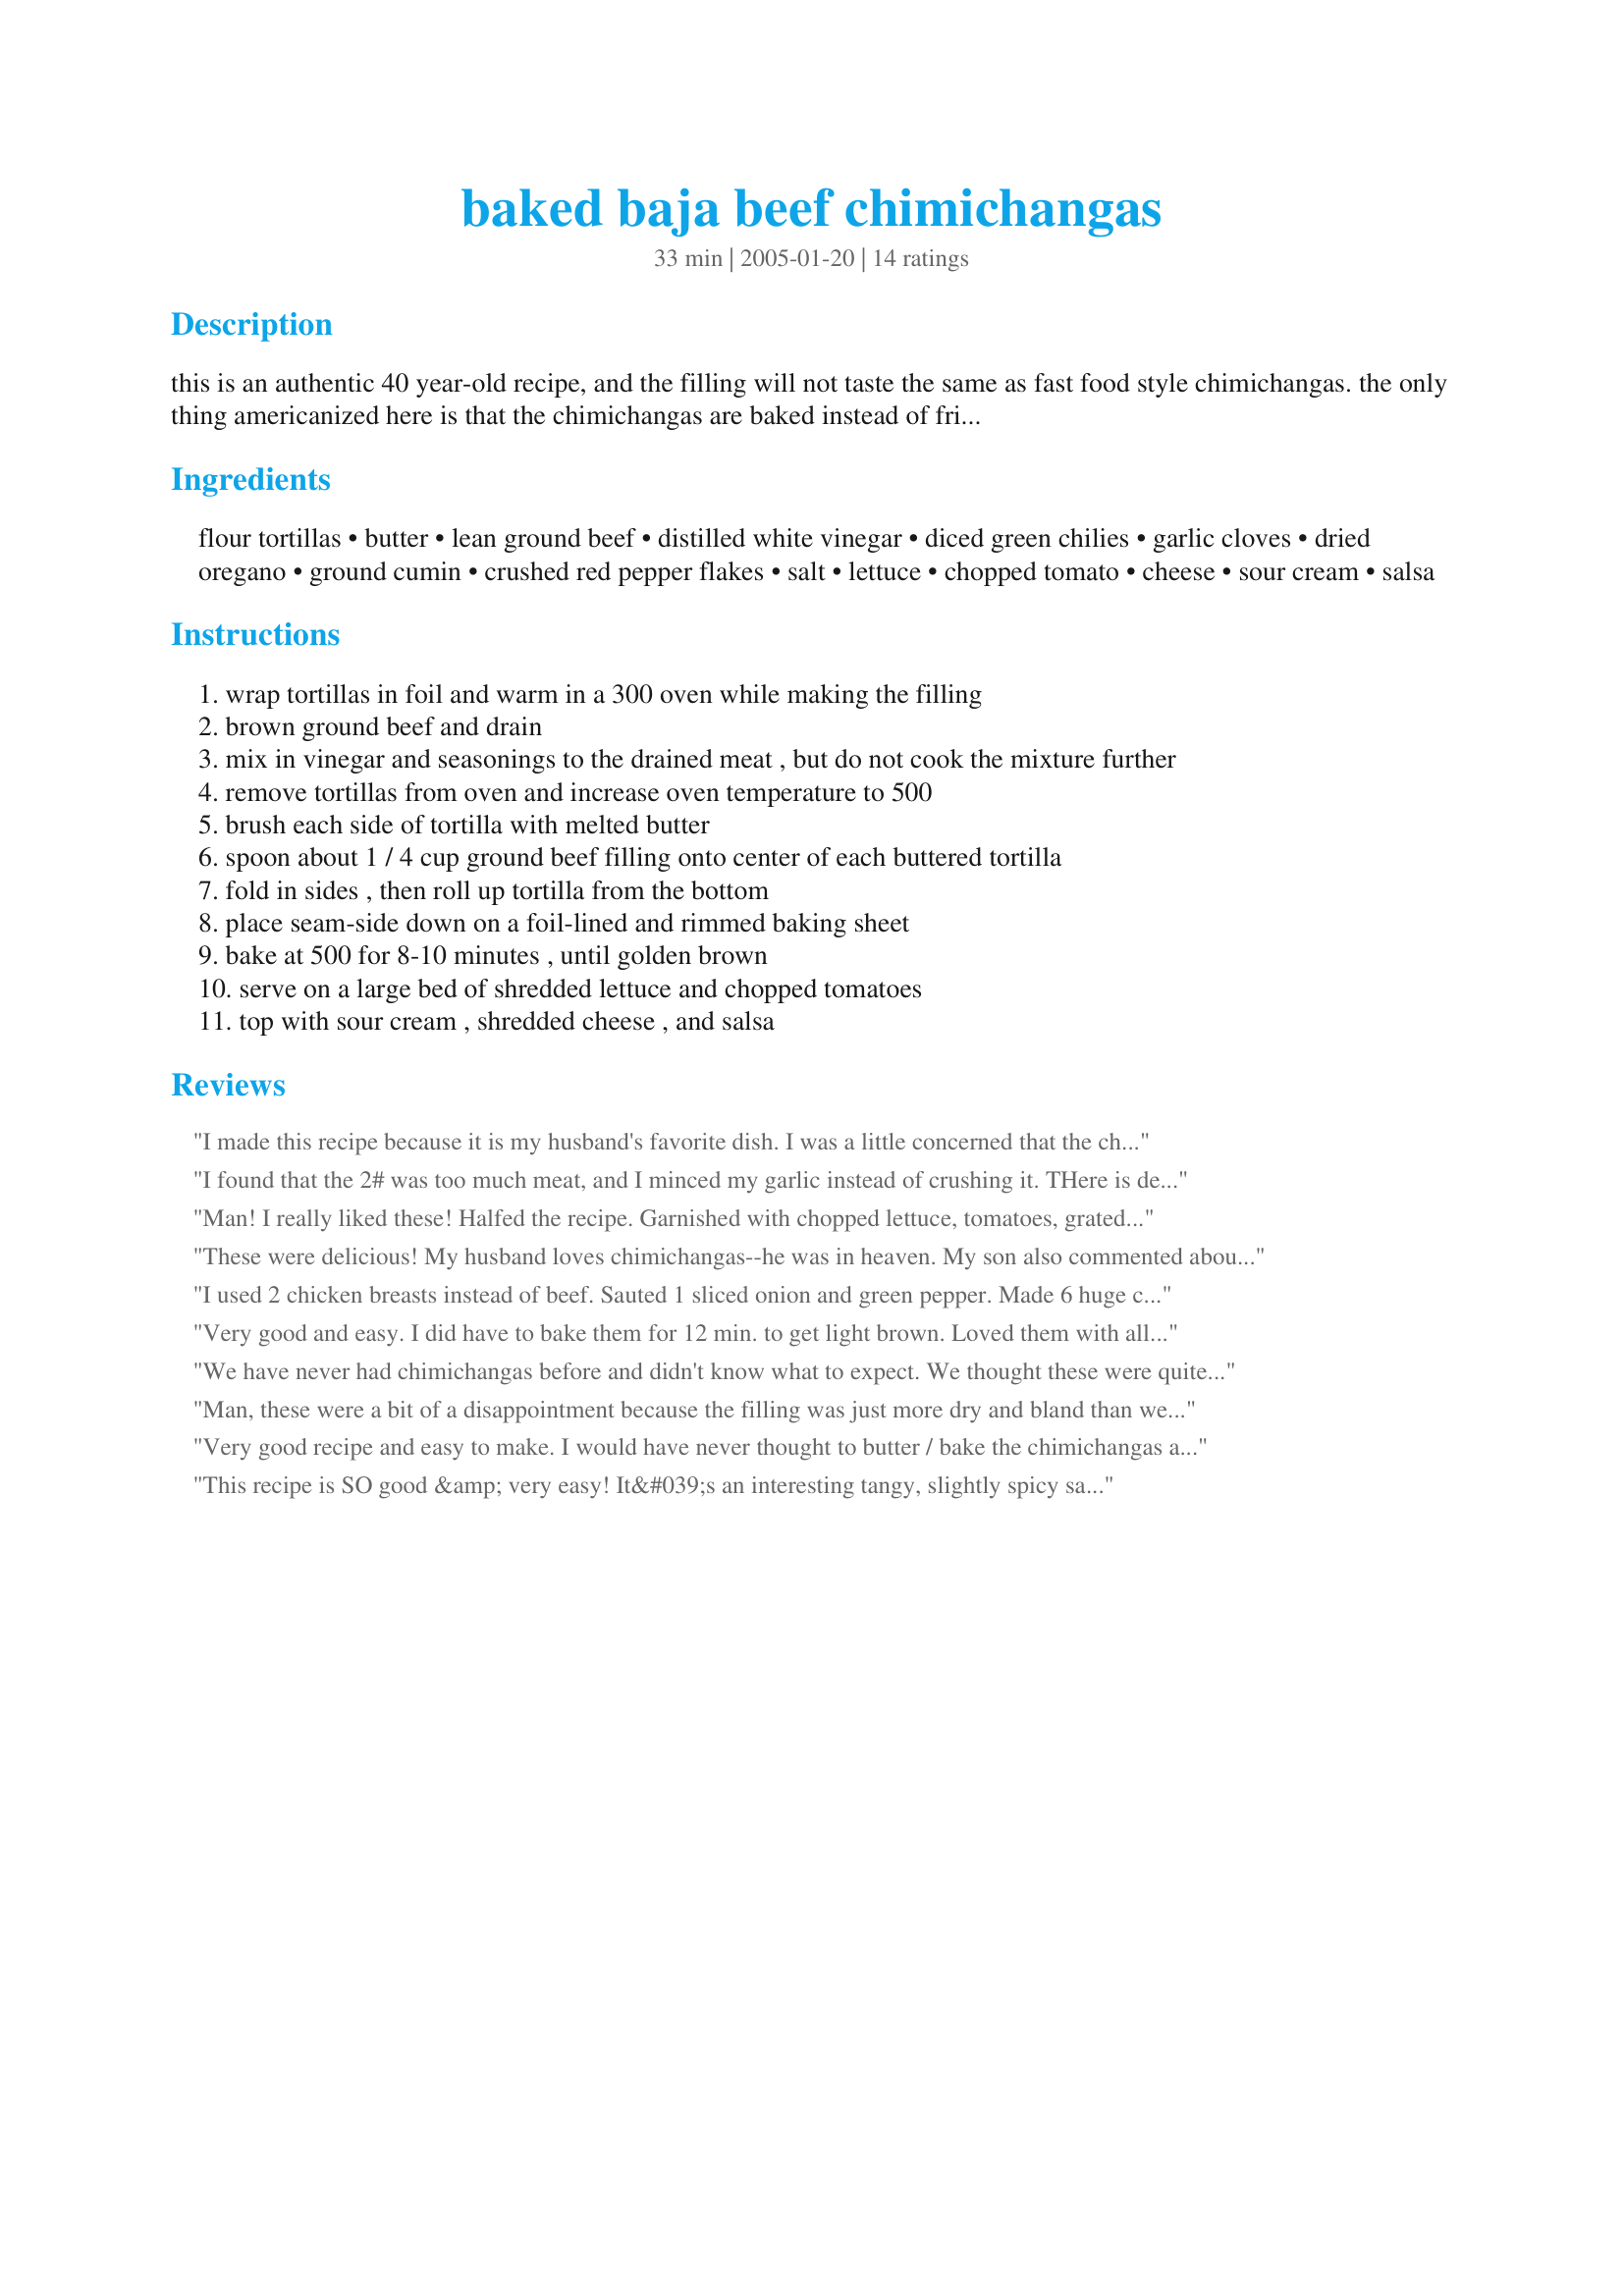
baked baja beef chimichangas
Preparation time: 33 minutes

this is an authentic 40 year-old recipe, and the filling will not taste the same as fast food style chimichangas. the only thing americanized here is that the chimichangas are baked instead of fried. caution: if you use leanest ground beef, the filling will seem dry. serve lots of lettuce, tomatoes and other garnishes listed below with each chimichanga - they are important to this dish's all around flavors and textures.

Ingredients:
flour tortillas, butter, lean ground beef, distilled white vinegar, diced green chilies, garlic cloves, dried oregano, ground cumin, crushed red pepper flakes, salt, lettuce, chopped tomato, cheese, sour cream, salsa

Steps:
wrap tortillas in foil and warm in a 300 oven while making the filling
brown ground beef and drain
mix in vinegar and seasonings to the drained meat , but do not cook the mixture further
remove tortillas from oven and increase oven temperature to 500
brush each side of tortilla with melted butter
spoon about 1 / 4 cup ground beef filling onto center of each buttered tortilla
fold in sides , then roll up tortilla from the bottom
place seam-side down on a foil-lined and rimmed baking sheet
bake at 500 for 8-10 minutes , until golden brown
serve on a large bed of shredded lettuce and chopped tomatoes
top with sour cream , shredded cheese , and salsa

Reviews:
I made this recipe because it is my husband's favorite dish. I was a little concerned that the chimichanga wasn't going to be deep fried but in the end was very glad that the shell was very crunchy and tasty without having to use all that grease. My family and I don't eat very much red meat so I used chicken. I put the spices in a skillet and added chicken stock so that it could simmer for about 1/2 hour and be really tender. After the stock reduced I added the vinegar and started filling the tortillas. Awesome recipe, will definitely make it again!
I found that the 2# was too much meat, and I minced my garlic instead of crushing it. THere is defiante flavor from the cumin , so if you omit that it would taste bland. You would need 2 packs of 10-12 tortillas to use all the meat, reduced to 1# and cut seasonings in half. I also set my oven on broil for the last 1-2 min to give them that golden touch, my oven didnt seem to get them the color. I also added cheese into the chimis. But overall was a great recipe , and would use this again.
Man! I really liked these! Halfed the recipe. Garnished with chopped lettuce, tomatoes, grated cheese and guacamole. Next time, sour cream and black olives in addition to the above. The addition of the vinegar was the ticket. Very tasty. And, they are crispy without frying. Try 'em!
These were delicious! My husband loves chimichangas--he was in heaven. My son also commented about how good they were. I made them larger, using a heaping 1/2 cup of filling in each burrito-size tortilla, ending up with 8 chimis. (I froze 4 of them (unbaked) for later and will transfer them to the refrigerator the day before I plan to bake them.) I used 96% lean ground beef, and if I use the same next time, I may add a little salsa to the filling to moisten it up a bit. We really enjoyed these--thanks for posting!
I used 2 chicken breasts instead of beef. Sauted 1 sliced onion and green pepper. Made 6 huge chimis. They were perfect. Will make again and again.
Very good and easy. I did have to bake them for 12 min. to get light brown. Loved them with all the extras.
We have never had chimichangas before and didn't know what to expect. We thought these were quite tasty and a nice change from the usual taco. Will make again.
Man, these were a bit of a disappointment because the filling was just more dry and bland than we were expecting. On the plus side, they crisped up brilliantly in the oven, though I'm not sure how many calories I saved by brushing all that butter onto the tortilla. No matter, because the outside sure tasted yummy. To get my family to eat the filling, I added some sazon seasoning, tomatillo salsa and then added a generous helping of colby jack cheese before rolling up the chimichanga. The cheese melted nicely and moistened up the filling. I served these with guacamole and sour cream,and my family ended up liking the end result.
Very good recipe and easy to make. I would have never thought to butter / bake the chimichangas and they turned out fantastic.
This recipe is SO good &amp; very easy! It&#039;s an interesting tangy, slightly spicy sauce but very authentic. We had leftover BBQ&#039;d tri tip and used that as the meat for the filling. This recipe would be great with any meat, not just beef. We added some cheese to the the inside and guacamole and olives to the garnishes. This recipe is definitely a keeper! I&#039;m anxious to try the sauce for other Mexican recipes!
These were quick and tasted good - although they could've used a little more flavor inside the chimichanga. Next time I might add more spices and maybe jalapenos. Overall a good recipe!
We live in Texas so I added a little bit of the local flavors to the meat mixture - chili powder and paprika. We are very blessed to have an HEB grocery store that makes the best flour tortillas. I added some pinto beans that I had made earlier in the week, slivered fresh jalapenos (slightly sauteed) and cheese in addition to the meat mixture before wrapping up these little beauties. Drizzled with a little enchilada sauce after baking and served with sliced tomatoes and avocado. Very good in deed :)
This is soooooo good! I did cook the garlic in the meat towards the very end. I also added a little picante sauce, just to make it a little more saucy. I only added a little so I don't think it made much of a difference so I won't do that again. Added some cheese to the inside then also some on the top after they came out.<br/>These were very simple and quick to make, I had dinner done in about 30 mins.<br/> I have 6 kids and some very picky eaters and everyone of them ate all of their serving and came back asking for more. <br/>We will be making these again that is for sure!
My DH and I enjoyed these Chimi's - he has never liked chimi's so I had a bit of trepidation - no need with this recipe - very tasty - thanks for sharing.
